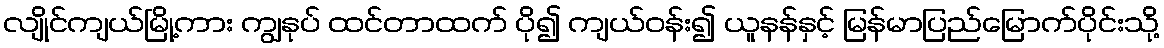
လျိုင်ကျယ်မြို့ကား ကျွနုပ် ထင်တာထက် ပို၍ ကျယ်ဝန်း၍ ယူနန်နှင့် မြန်မာပြည်မြောက်ပိုင်းသို့